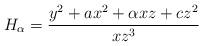
LaTeX: \begin{align*}H_{\alpha}=\frac{y^2+a x^2 + \alpha x z+ c z^2}{xz^3}\end{align*}